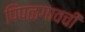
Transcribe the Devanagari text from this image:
पिंपळगावची